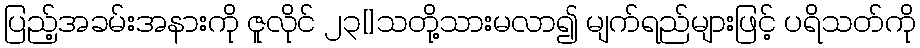
ပြည့်အခမ်းအနားကို ဇူလိုင် ၂၃[]သတို့သားမလာ၍ မျက်ရည်များဖြင့် ပရိသတ်ကို